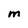
Character: M